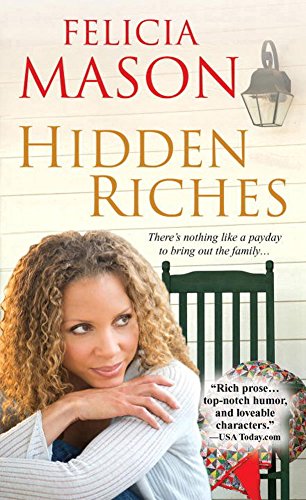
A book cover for Hidden Riches; Felicia Mason; Mystery, Thriller & Suspense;